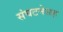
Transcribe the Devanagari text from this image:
संघटनेसह